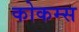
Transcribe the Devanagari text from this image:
कोकम्स